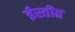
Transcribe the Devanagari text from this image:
ईस्तीत